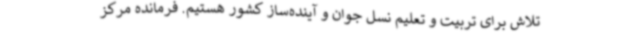
تلاش برای تربیت و تعلیم نسل جوان و آینده‌ساز کشور هستیم. فرمانده مرکز